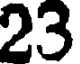
23